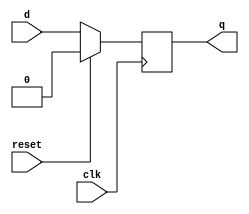
module D_ff(input clk, input reset, input d, output reg q);
	always @ (negedge clk)
	begin
		if(reset==1)
			q=0;
		else
			q=d;
	end
endmodule